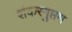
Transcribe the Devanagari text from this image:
शंकरगुप्तम